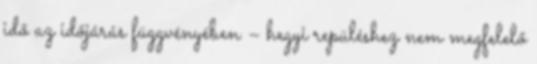
idő az időjárás függvényében – hegyi repüléshez nem megfelelő